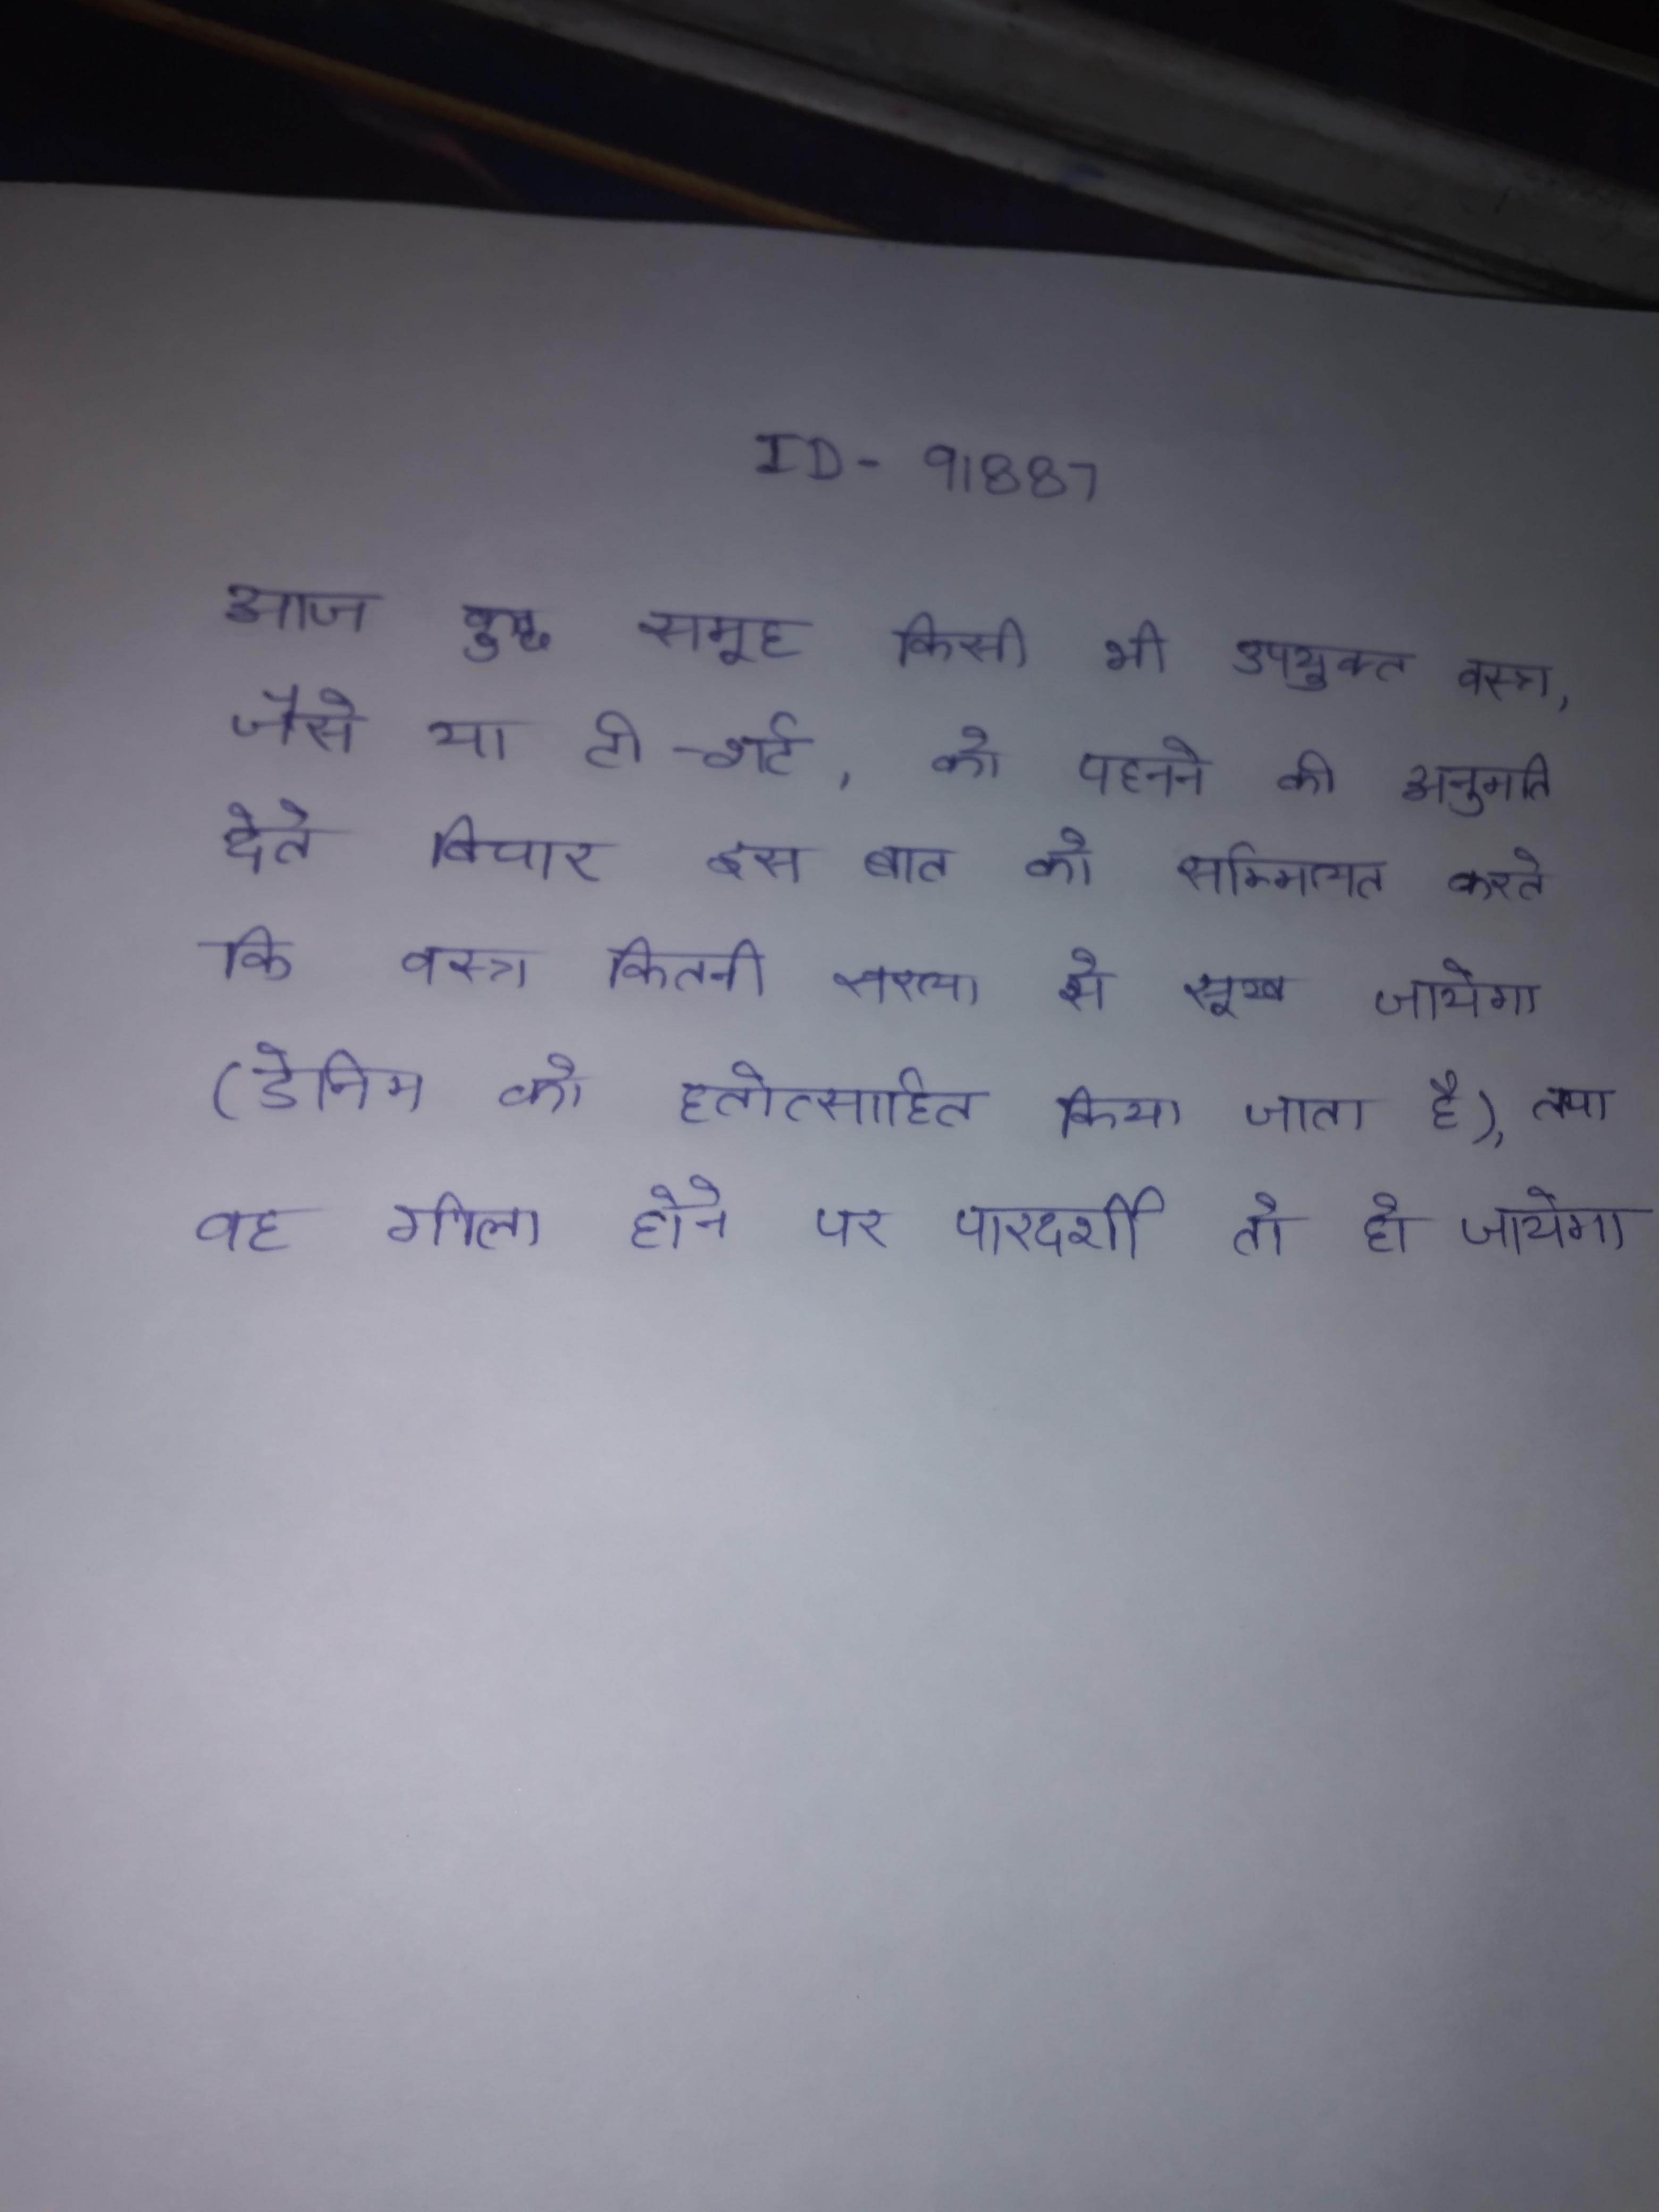
आज कुछ समूह किसी भी उपयुक्त वस्र, जैसे या टी-शर्ट, को पहनने की अनुमति देते विचार इस बात को सम्मिलित करते कि वस्र कितनी सरला से सूख जायेगा (डेनिम को हतोत्साहित किया जाता है), तथा वह गीला होने पर पारदर्शी तो हो जायेगा .